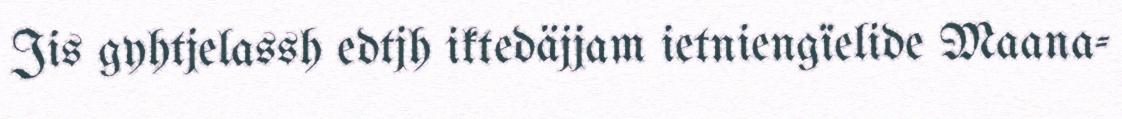
Jis gyhtjelassh edtjh iktedäjjam ietniengïelide Maana-